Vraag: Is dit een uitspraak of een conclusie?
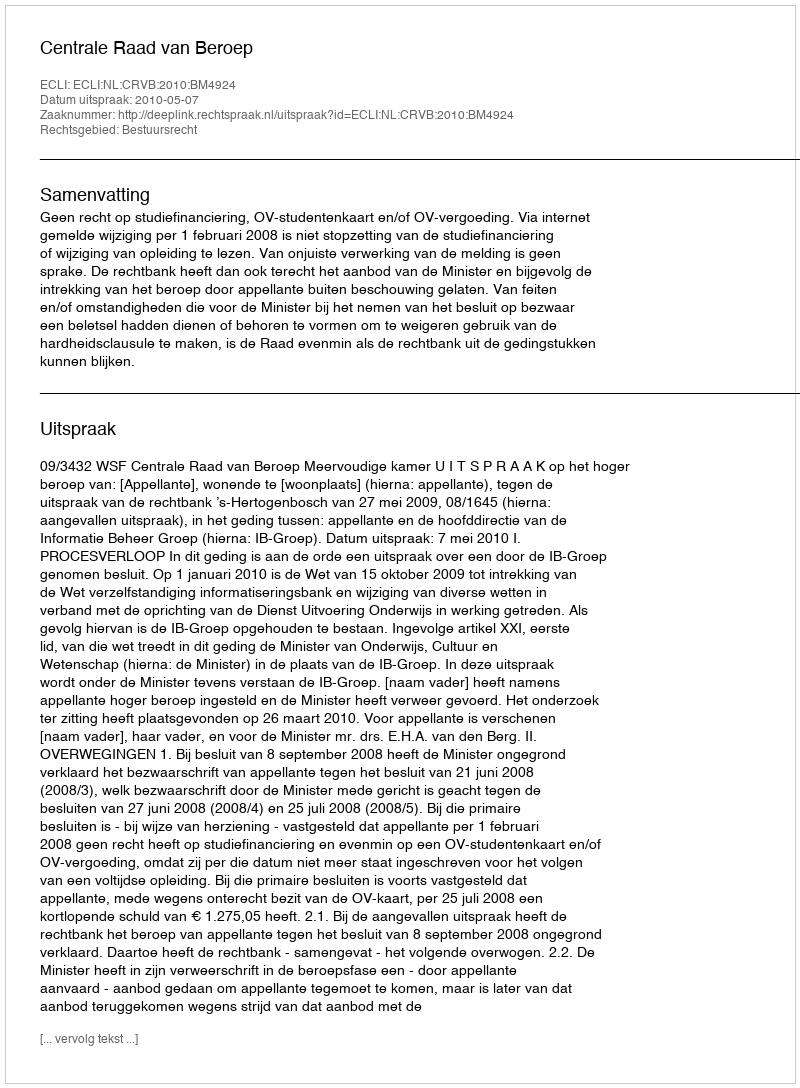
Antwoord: Uitspraak